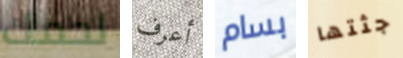
لحمك أعرف بسام جثتها